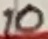
Text: 10